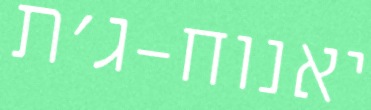
יאנוח-ג'ת